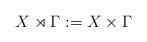
LaTeX: \begin{align*}X \rtimes \Gamma := X\times\Gamma\end{align*}